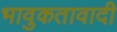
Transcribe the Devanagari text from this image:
भावुकतावादी